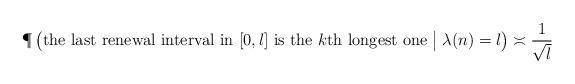
LaTeX: \begin{align*}\P\left(\mbox{the last renewal interval in $[0,l]$ is the $k$th longest one}\bigm|\lambda(n)=l\right)\asymp\frac1{\sqrt l}\end{align*}